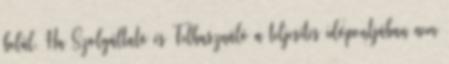
belül. Ha Szolgáltató és Felhasználó a teljesítés időpontjában nem